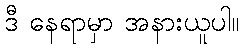
ဒီ နေရာမှာ အနားယူပါ။